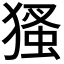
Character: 𤠘